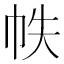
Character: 帙